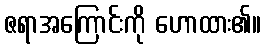
ဇရာအကြောင်းကို ဟောထား၏။